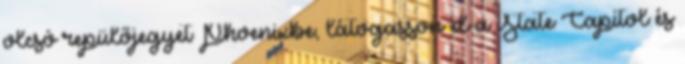
olcsó repülőjegyet Phoenixbe, látogasson el a State Capitol és